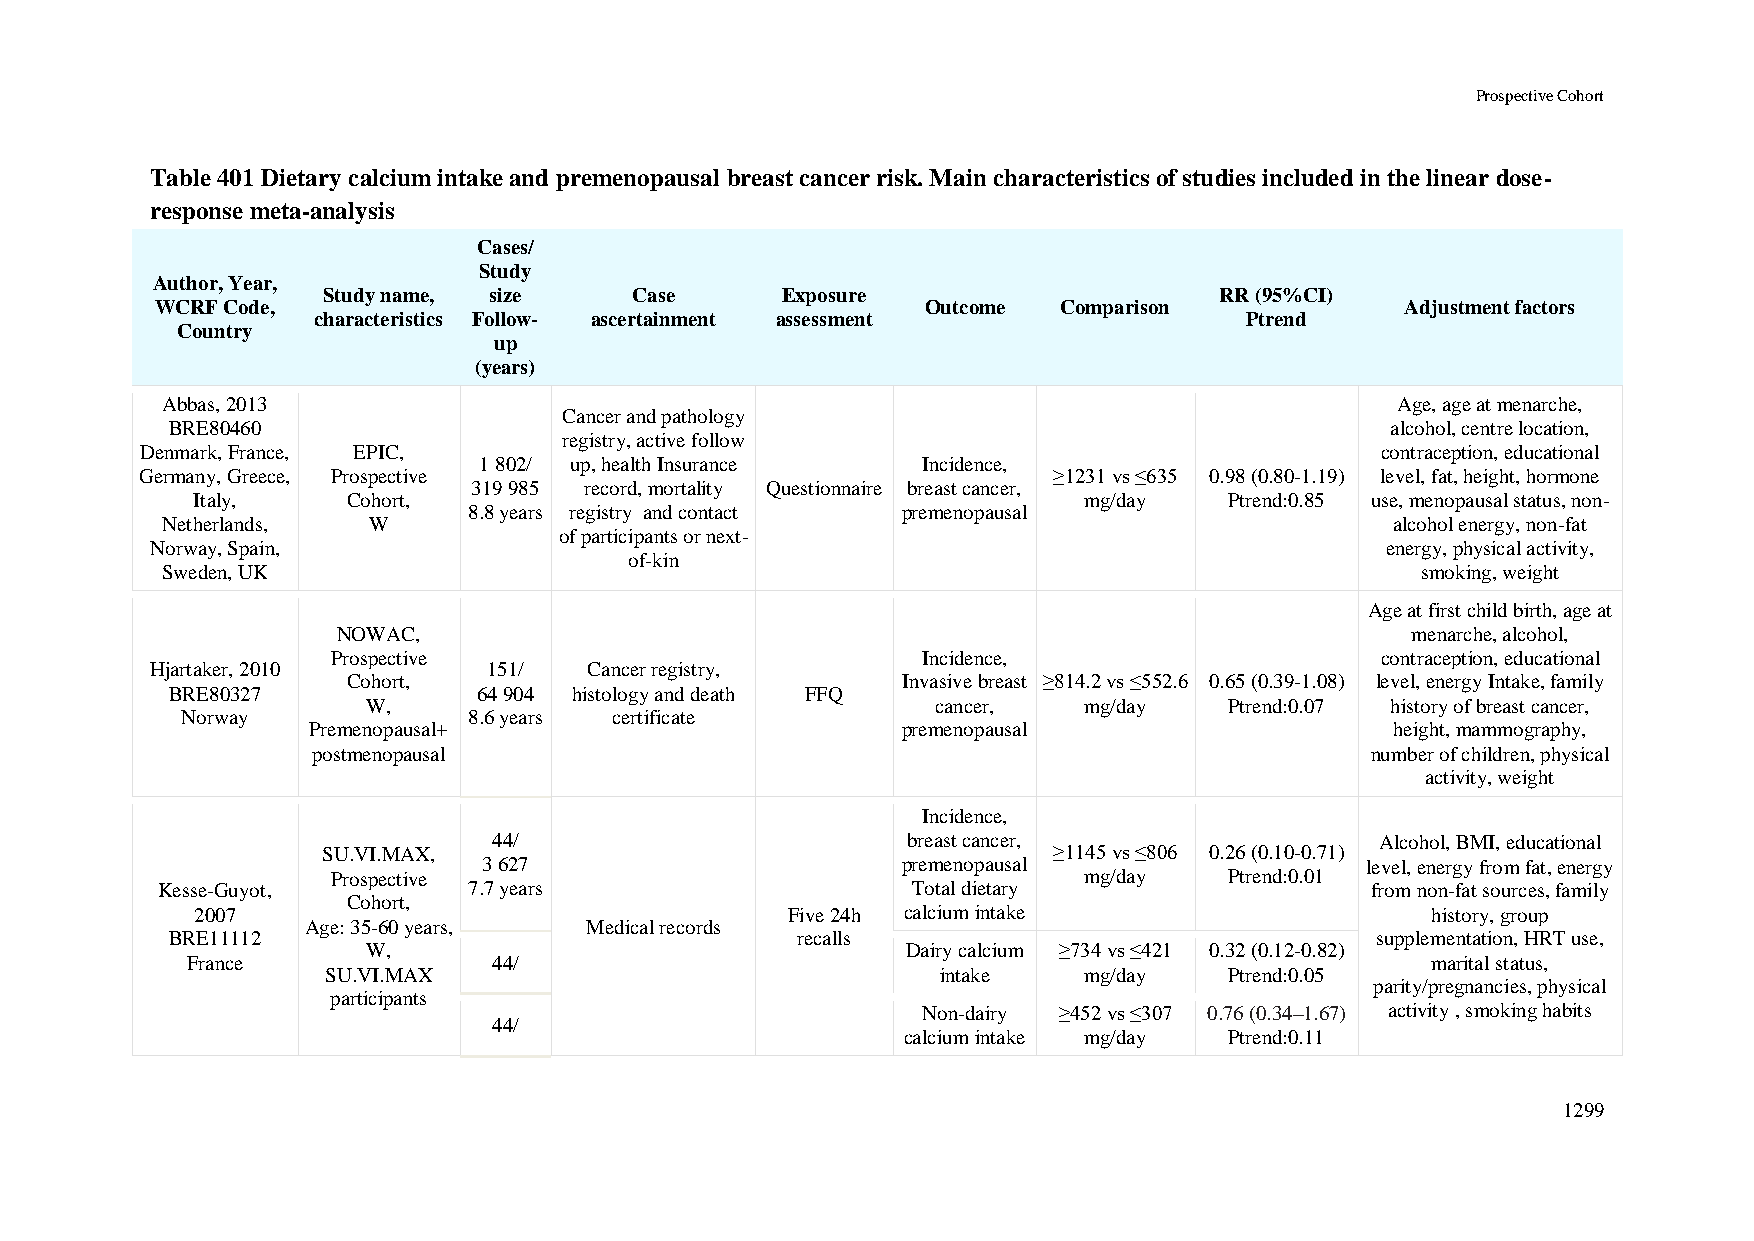
Prospective Cohort
 Table 401 Dietary calcium intake and premenopausal breast cancer risk. Main characteristics of studies included in the linear dose-
 response meta-analysis
 Cases/
 Study
 Author, Year,
 Study name, size     Case      Exposure                     RR (95%CI)
 WCRF Code,                                         Outcome  Comparison             Adjustment factors
 characteristics Follow- ascertainment assessment             Ptrend
 Country
 up
 (years)
 Abbas, 2013                                                                      Age, age at menarche,
 Cancer and pathology
 BRE80460                                                                         alcohol, centre location,
 registry, active follow
 Denmark, France, EPIC,                                                            contraception, educational
 1 802/ up, health Insurance  Incidence,
 Germany, Greece, Prospective                                 ≥1231 vs ≤635 0.98 (0.80-1.19) level, fat, height, hormone
 319 985 record, mortality Questionnaire breast cancer,
 Italy,    Cohort,                                          mg/day   Ptrend:0.85 use, menopausal status, non-
 8.8 years registry and contact premenopausal
 Netherlands, W                                                                   alcohol energy, non-fat
 of participants or next-
 Norway, Spain,                                                                    energy, physical activity,
 of-kin
 Sweden, UK                                                                         smoking, weight
 Age at first child birth, age at
 NOWAC,                                                                 menarche, alcohol,
 Prospective                            Incidence,                    contraception, educational
 Hjartaker, 2010       151/   Cancer registry,
 Cohort,                              Invasive breast ≥814.2 vs ≤552.6 0.65 (0.39-1.08) level, energy Intake, family
 BRE80327             64 904 histology and death FFQ
 W,                                    cancer,   mg/day   Ptrend:0.07 history of breast cancer,
 Norway             8.6 years certificate
 Premenopausal+                          premenopausal                   height, mammography,
 postmenopausal                                                        number of children, physical
 activity, weight
 Incidence,
 44/                        breast cancer,                 Alcohol, BMI, educational
 SU.VI.MAX,                                       ≥1145 vs ≤806 0.26 (0.10-0.71)
 3 627                       premenopausal                 level, energy from fat, energy
 Prospective                                       mg/day   Ptrend:0.01
 Kesse-Guyot,         7.7 years                    Total dietary                  from non-fat sources, family
 Cohort,
 2007                                   Five 24h calcium intake                    history, group
 Age: 35-60 years,  Medical records
 BRE11112                                  recalls                               supplementation, HRT use,
 W,                                  Dairy calcium ≥734 vs ≤421 0.32 (0.12-0.82)
 France               44/                                                           marital status,
 SU.VI.MAX                               intake    mg/day   Ptrend:0.05
 parity/pregnancies, physical
 participants
 Non-dairy ≥452 vs ≤307 0.76 (0.34–1.67) activity , smoking habits
 44/
 calcium intake mg/day Ptrend:0.11
 1299